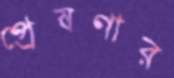
প্রেষণার